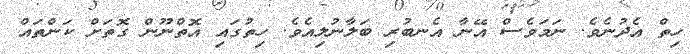
ހިތް އެދުނެވެ. ނަމަވެސް އޭނާ އެނބުރި ބަލާނުލިއެވެ. ހިތުގައި އޮތްނޫން ގޮތަށް ކަންތައް